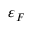
\varepsilon _ { F }